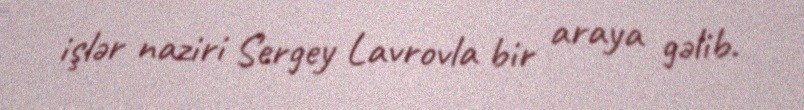
işlər naziri Sergey Lavrovla bir araya gəlib.